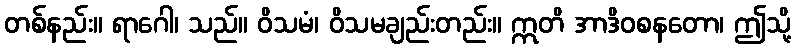
တစ်နည်း။ ရာဂေါ၊ သည်။ ဝိသမံ၊ ဝိသမချည်းတည်း။ ဣတိ အာဒိဝစနတော၊ ဤသို့